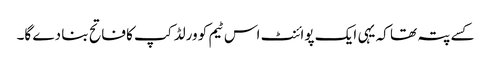
کسے پتہ تھا کہ یہی ایک پوائنٹ اس ٹیم کو ورلڈ کپ کا فاتح بنا دے گا۔